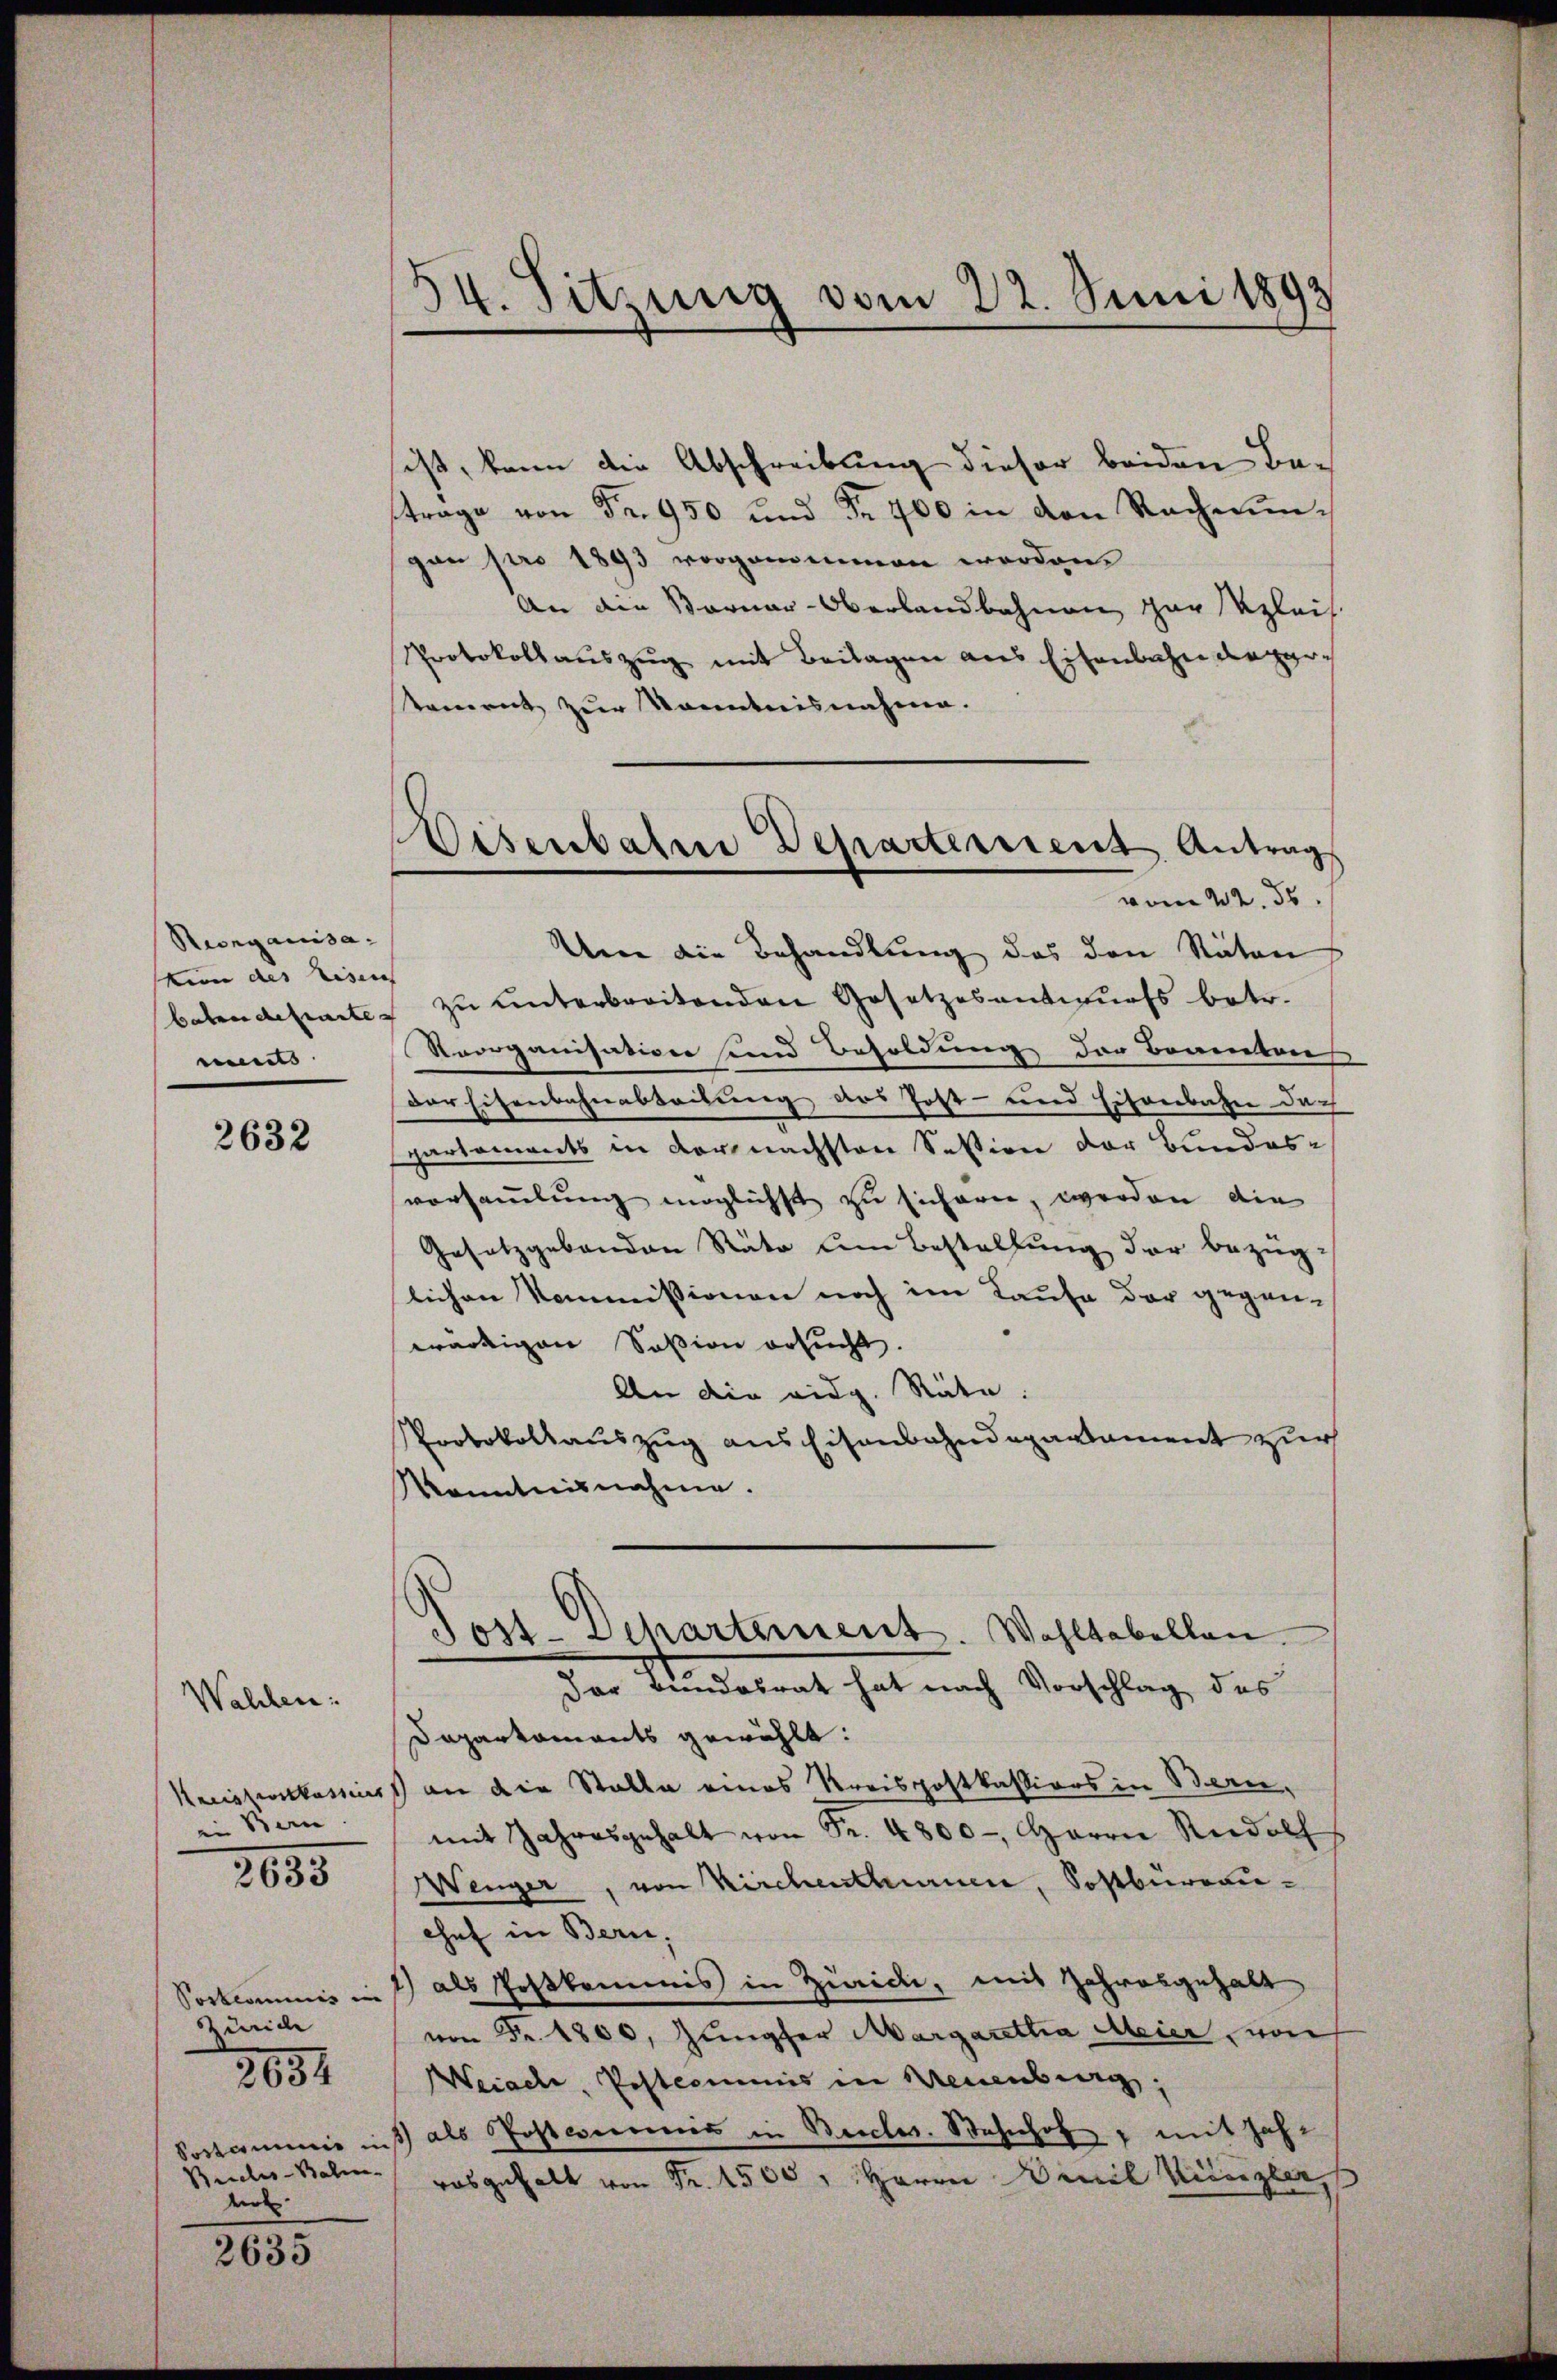
Reorganisatun des Eisen
baten derartes
eents.

2632

Wahlen:
in Bern

2635

Postcommis in
Züric
Bricles-Balm
wir

2652

2635

54. Sitzung vom 22. Juni 1893

Disenbahre Departement Antrags
vom 22. 55.

sist, kann die Abschreibung dieser beiden Betrage von Fr. 950 und Fr. 700 in den Rechnŭn-
gan pro 1893 vorgenommen worden.
An die Bornar-Oberlandbahnen zur Regleich.
Protokollauszug mit Beilagen aus Eisenbahndepartament zur Kenntnisnahme.
Um die Behandlung das den Natons
 zŭ ŭnterbreitenden Gesetzesantwurfs betr.
Noorganisation sind Besoldung der Beamten
der Eisenbahnabteilung, das Post- und Eisenbahn dach
spartements in der nächsten Sektion der Bundes-
vorsammlung möglichst zu sichern, werden die
Gesetzgebäuden Räte um Bestellung der bezüg-
lichen Kommissionen noch im Laufe der gegenwärtigen Soßion ersucht.
An die eidg. Räte.
Protokollauszug aus Eisenbahndepartament zur
Kenntnisnahme.
Post-Dehartement. Wohltabellen.
Der Bundesrat hat nach Vorschlag des
Dapartaments gewählt:
Keisenkassis an die Stalle eines Kreispostkassions in Bern,
mit Jahresgehalt von Fr. 4800. Herrn Riedoch
Wenger, von Kirchenthurner, Sostbürevichef in Bern,
1) als Postkommis in Zürici, mit Jahresgehalt
von Fr. 1800. Jungfer Margaretha Meier von
Weiach, Postcommis in Neuenburg,
Sostromanis ins als Posterreis in Brockes. Bahnhof, mit Jahr
rosgehalt von Fr. 1500, Herrn Dinil Königler